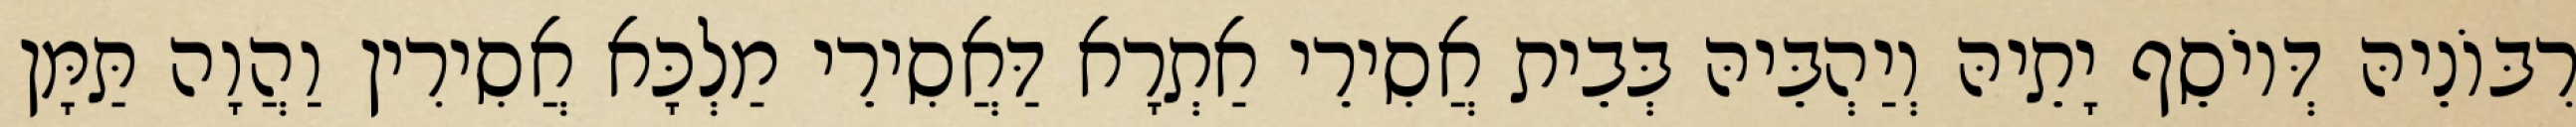
רִבּוֹנֵיהּ דְּיוֹסֵף יָתֵיהּ וְיַהְבֵּיהּ בְּבֵית אֲסִירֵי אַתְרָא דַּאֲסִירֵי מַלְכָּא אֲסִירִין וַהֲוָה תַּמָּן